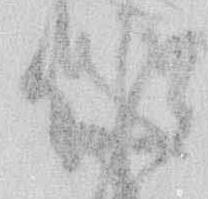
候